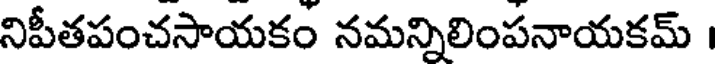
నిపీతపంచసాయకం నమన్నిలింపనాయకమ్ ।